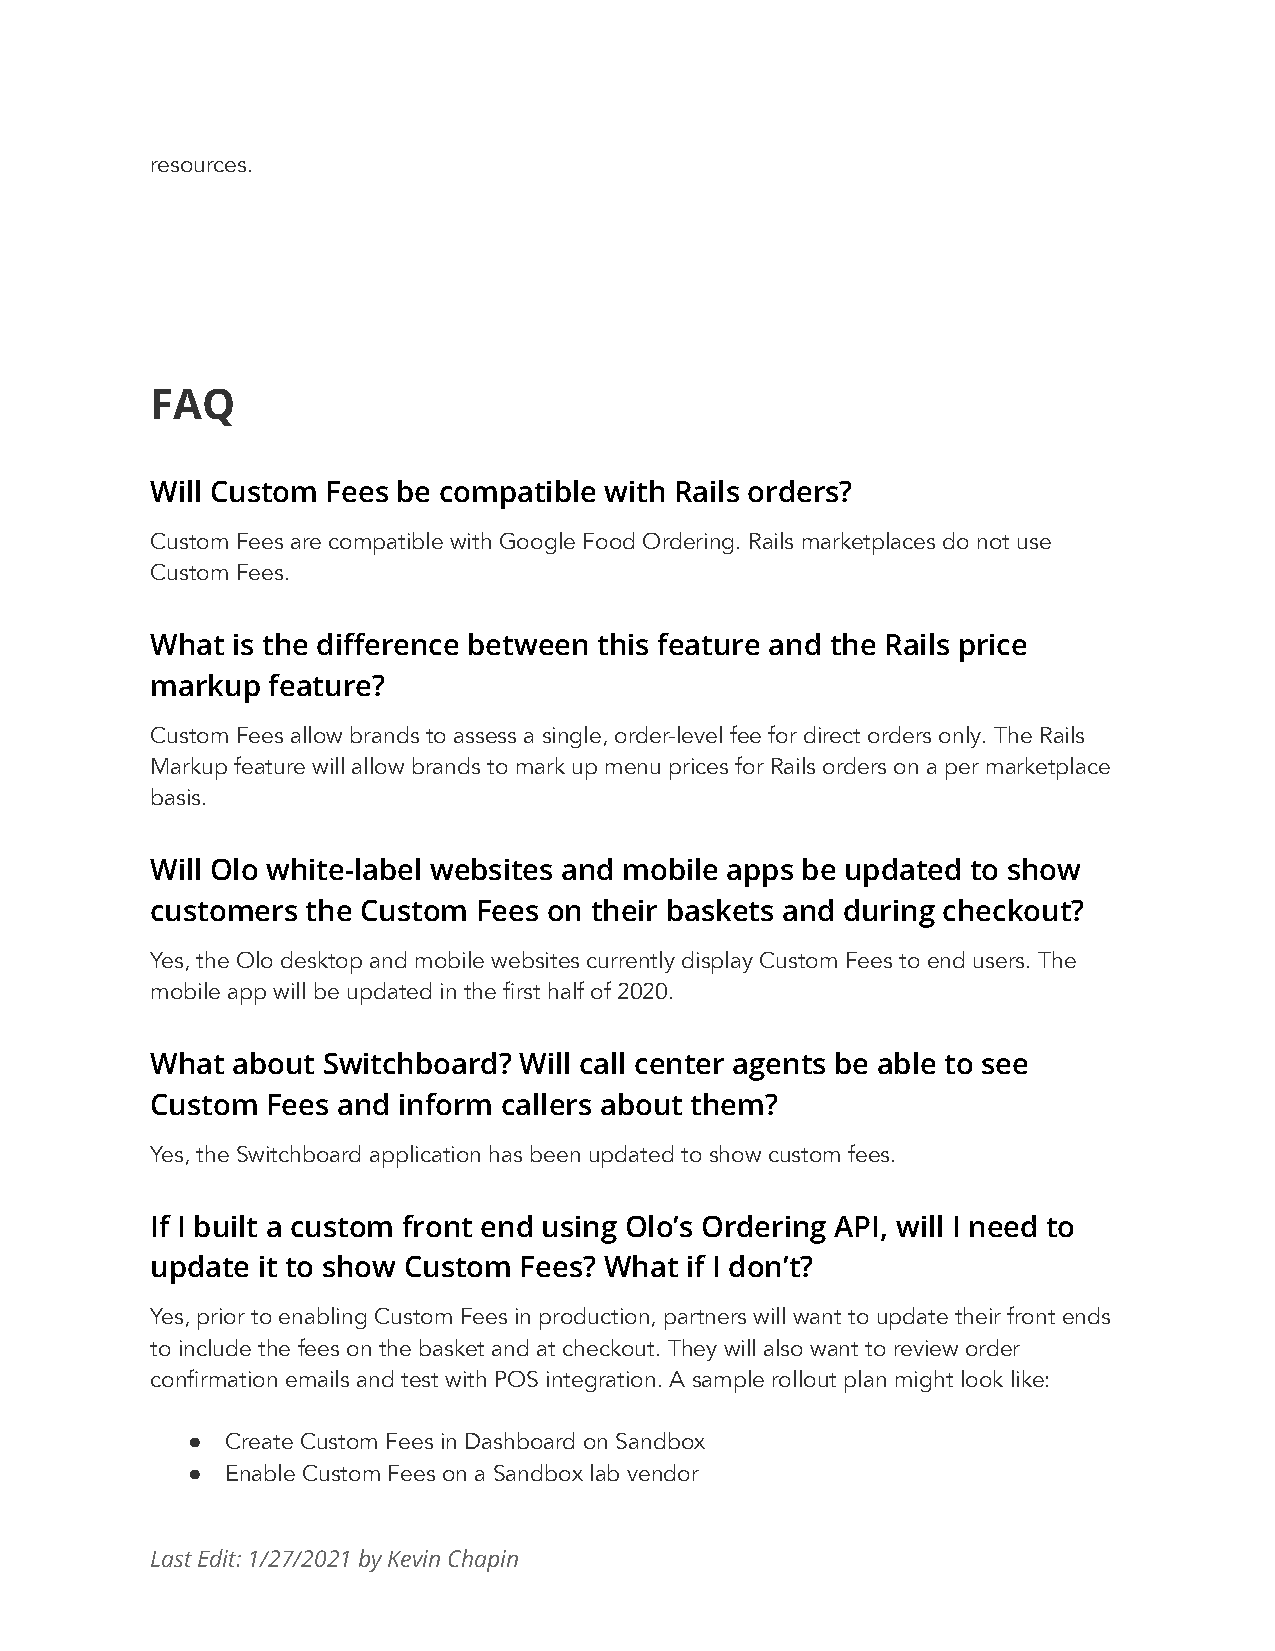
resources.
 FAQ
 Will Custom Fees be compatible with Rails orders?
 Custom Fees are compatible with Google Food Ordering. Rails marketplaces do not use
 Custom Fees.
 What is the difference between this feature and the Rails price
 markup  feature?
 Custom Fees allow brands to assess a single, order-level fee for direct orders only. The Rails
 Markup feature will allow brands to mark up menu prices for Rails orders on a per marketplace
 basis.
 Will Olo white-label websites and mobile apps be updated to show
 customers the Custom Fees on their baskets and during checkout?
 Yes, the Olo desktop and mobile websites currently display Custom Fees to end users. The
 mobile app will be updated in the first half of 2020.
 What about Switchboard? Will call center agents be able to see
 Custom  Fees and inform callers about them?
 Yes, the Switchboard application has been updated to show custom fees.
 If I built a custom front end using Olo’s Ordering API, will I need to
 update it to show Custom Fees? What if I don’t?
 Yes, prior to enabling Custom Fees in production, partners will want to update their front ends
 to include the fees on the basket and at checkout. They will also want to review order
 confirmation emails and test with POS integration. A sample rollout plan might look like:
 ●  Create Custom Fees in Dashboard on Sandbox
 ●  Enable Custom Fees on a Sandbox lab vendor
 Last Edit: 1/27/2021 by Kevin Chapin